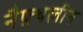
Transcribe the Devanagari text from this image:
नैफ़्थलीन